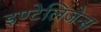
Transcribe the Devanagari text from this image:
इण्टेलिजेन्स